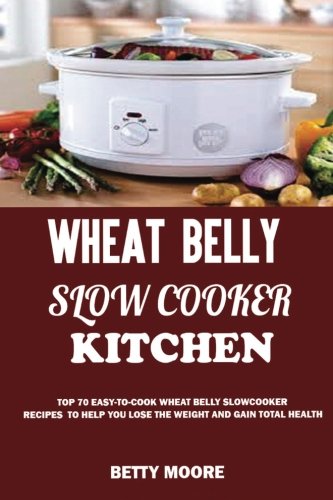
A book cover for Wheat Belly Slow Cooker Kitchen:: Top 60 Easy-To-Cook Wheat Belly Slow Cooker Recipes to Help You Lose the Weight and Gain Total Health (A Low-Carb, Gluten, Sugar and Wheat Free Cookbook); Betty Moore; Cookbooks, Food & Wine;